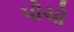
પોચો